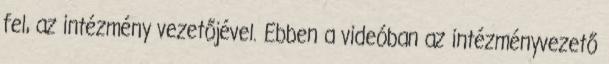
fel, az intézmény vezetőjével. Ebben a videóban az intézményvezető